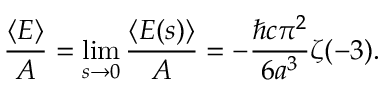
{ \frac { \langle E \rangle } { A } } = \operatorname* { l i m } _ { s \to 0 } { \frac { \langle E ( s ) \rangle } { A } } = - { \frac { \hbar c \pi ^ { 2 } } { 6 a ^ { 3 } } } \zeta ( - 3 ) .